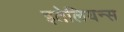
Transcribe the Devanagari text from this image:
इतेलियन्स